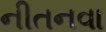
નીતનવા